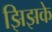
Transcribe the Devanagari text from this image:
झिझके